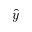
\hat { y }